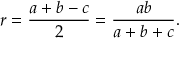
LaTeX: r = { \frac { a + b - c } { 2 } } = { \frac { a b } { a + b + c } } .